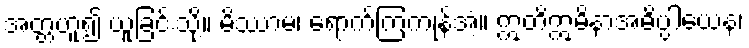
အတ္တဟူ၍ ယူခြင်းသို့။ မိဿာမ၊ ရောက်ကြကုန်အံ့။ ဣတိဣမိနာအဓိပ္ပါယေန၊